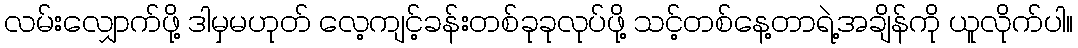
လမ်းလျှောက်ဖို့ ဒါမှမဟုတ် လေ့ကျင့်ခန်းတစ်ခုခုလုပ်ဖို့ သင့်တစ်နေ့တာရဲ့အချိန်ကို ယူလိုက်ပါ။